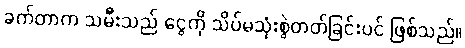
ခက်တာက သမီးသည် ငွေကို သိပ်မသုံးစွဲတတ်ခြင်းပင် ဖြစ်သည်။